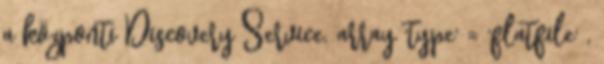
a központi Discovery Service. array 'type' = 'flatfile' ,